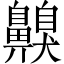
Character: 齅